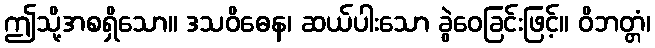
ဤသို့အစရှိသော။ ဒသဝိဓေန၊ ဆယ်ပါးသော ခွဲဝေခြင်းဖြင့်။ ဝိဘတ္တံ၊